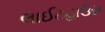
લાઈટહાઉસ